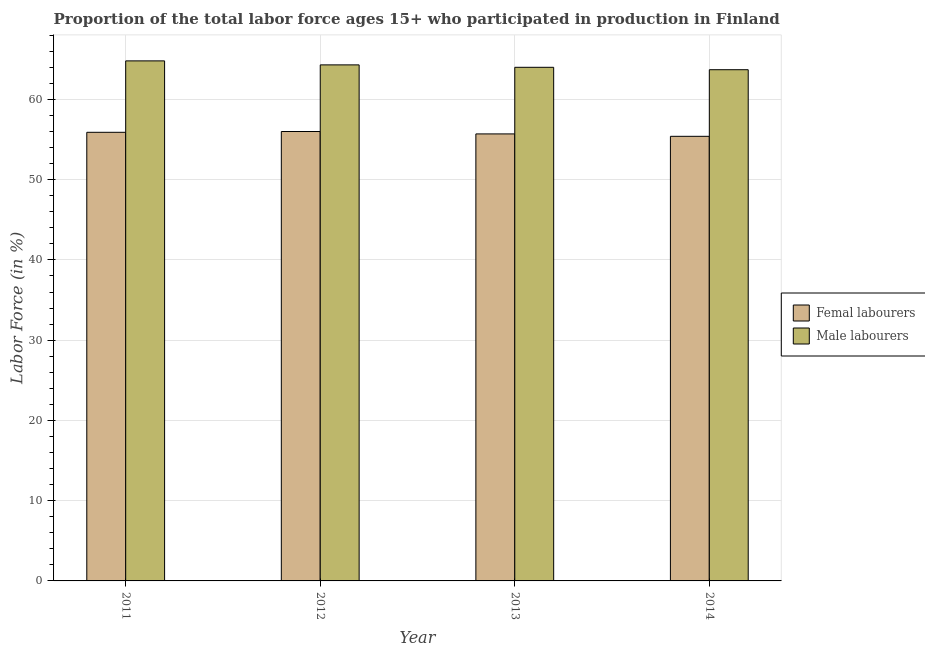
| Year | Femal labourers | Male labourers |
 | --- | --- | --- |
 | 2011 | 55.9 | 64.8 |
 | 2012 | 56 | 64.3 |
 | 2013 | 55.7 | 64 |
 | 2014 | 55.4 | 63.7 |